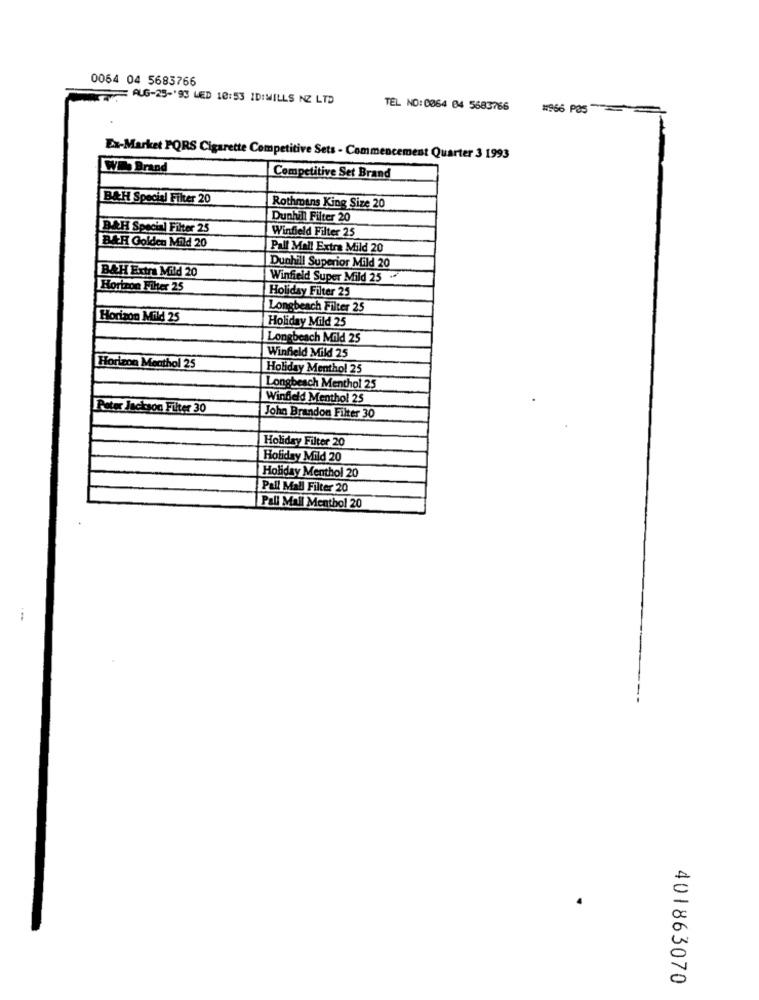
0064 04 5683766
AUG-25-'93 LED 10:53 IDIMILLS NZ LTD
TEL NO: 0064 04 5683766
#866 Pas= =
Ex-Market PQRS Cigarette Competitive Sets - Commencement Quarter 3 1993
W Brand
Competitive Set Brand
B&H Special Filter 20
Rothmans King Size 20
Dunhill Filter 20
BAH Special Filter 25
Winfield Filter 25
BAR Golden Mild 20
Pall Mall Extra Mild 20
B&H Extra Mild 20
Dunhill Superior Mild 20
Winfield Super Mild 25
Horizon Filter 25
Holiday Filter 25
Longbeach Filter 25
Horizon Mild 25
Holiday Mild 25
Longbeach Mild 25
Winfield Mild 25
Horizon Meathol 25
Holiday Menthol 25
Longbeach Menthol 25
Winfield Menthol 25
Peter Jackson Filter 30
John Brandon Filter 30
Holiday Filter 20
Holiday Mild 20
Holiday Menthol 20
Pall Mall Filter 20
Pall Mall Menthol 20
..
401863070